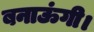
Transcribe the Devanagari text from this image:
बनाऊंगी।